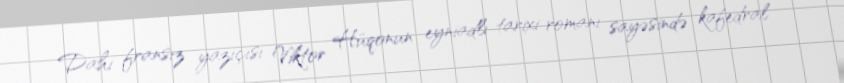
Dahi fransız yazıçısı Viktor Hüqonun eyniadlı tarixi romanı sayəsində kafedral